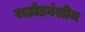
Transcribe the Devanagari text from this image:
राठोडवंशीय